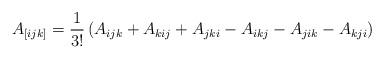
LaTeX: \begin{align*}A_{[ijk]}=\frac{1}{3!}\left(A_{ijk}+A_{kij}+A_{jki}-A_{ikj}-A_{jik}-A_{kji}\right)\end{align*}